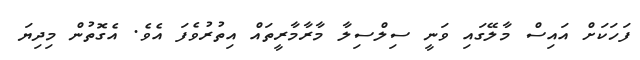
ފަހަކަށް އައިސް މާލޭގައި ވަނީ ސިލްސިލާ މާރާމާރީތައް އިތުރުވެފަ އެވެ. އެގޮތުން މިދިޔަ